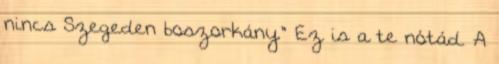
nincs Szegeden boszorkány." Ez is a te nótád. A